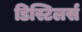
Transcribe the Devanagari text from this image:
डिस्टिलर्स